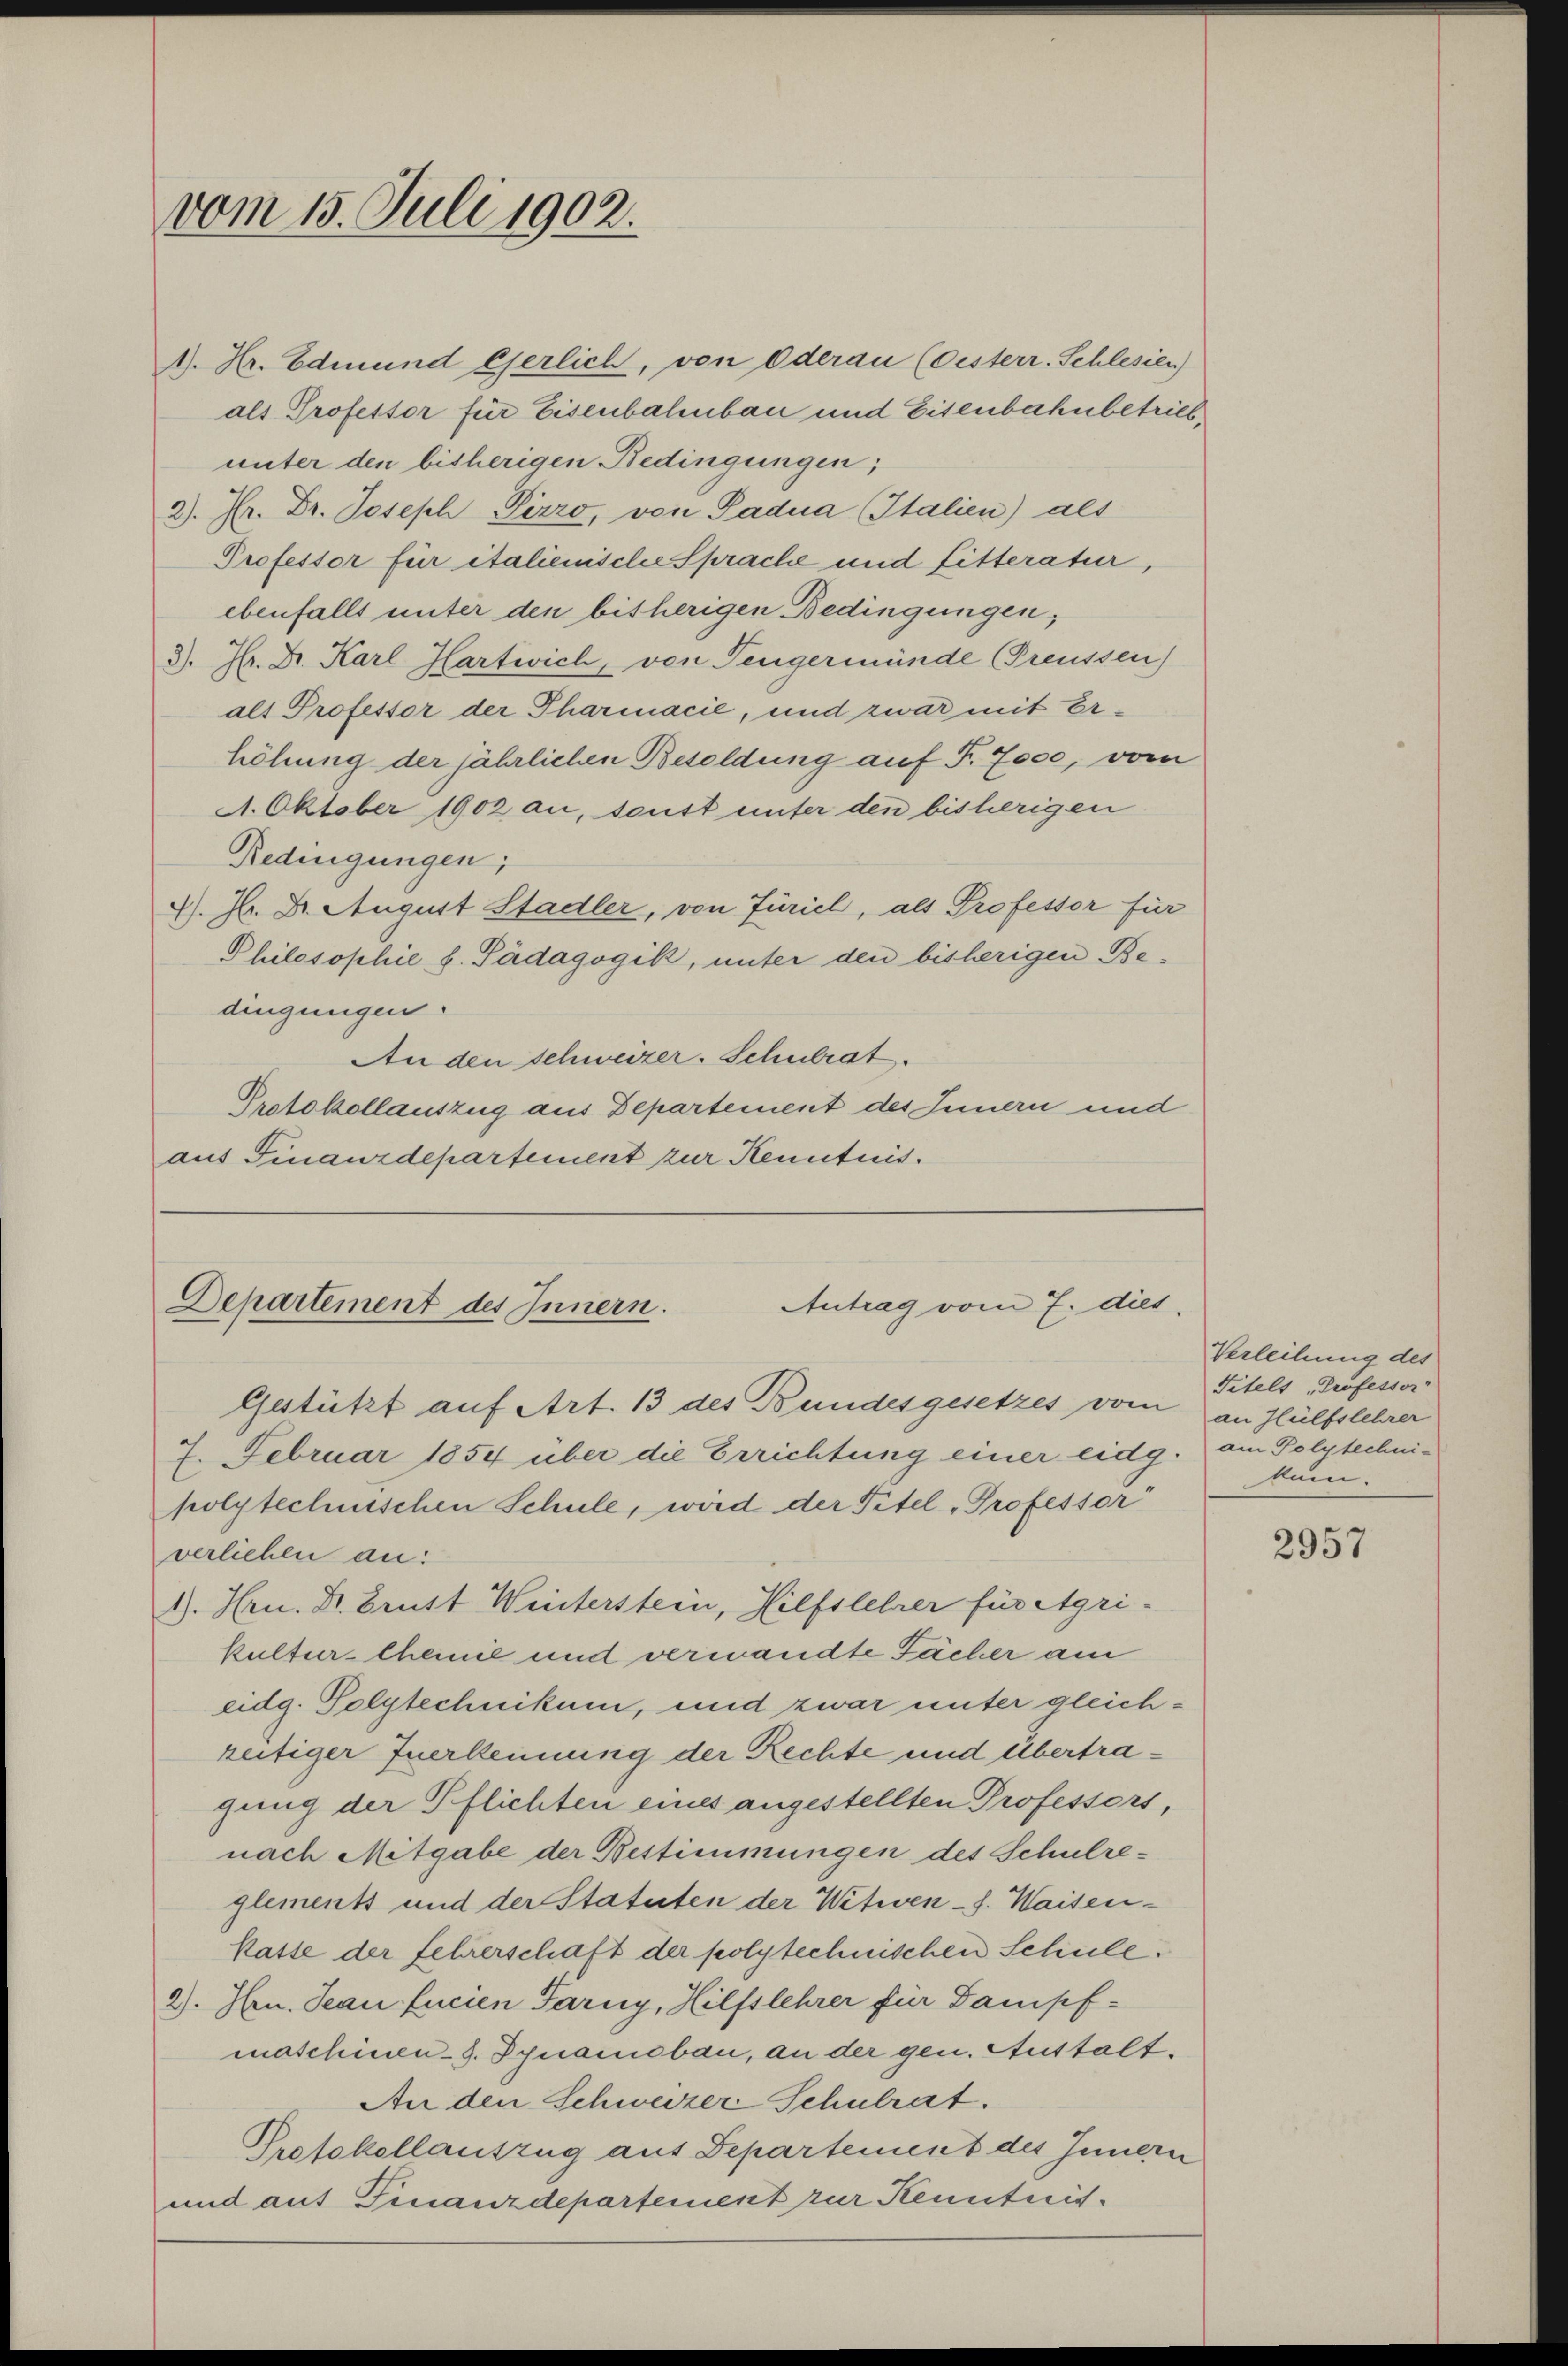
vom 15. Juli 1902.

1. Hr. Edmund Gserlich, von Oderau (Oesterr. Schlesien)
als Professor für Eisenbahnbau und Eisenbahnbetrieb,
unter den bisherigen Bedingungen,
2). Dr. Dr. Joseph Pizzo, von Padua Italien) als
Professor für italienische Sprache und Litteratur,
ebenfalls unter den bisherigen Bedingungen,
3. Hr. Dr. Karl Hartwich, von Tengermünde Greussen
als Professor der Pharmacie, und zwar mit Erhöhung der jährlichen Besoldung auf Fr. 7000, vom
A. Oktober 1902 an, sonst unter den bisherigen
Redingungen;
4). H. Dr. August Stadler, von Füriel, als Professor für
Philosophie h. Pädagogik, unter den bisherigen Bedingungen.
An den schweizer. Schulrat.
Protokollauszug aus Departement des Innern und
aus Finanzdepartement zur Kenntnis.

Antrag vom 7. diet.
Departement des Innern.

Gestützt auf Art. 13 des Bundesgesetzes vom an Hülfslehrer
7. Februar 1854 über die Errichtung einer eidg. am Polytechnipolytechnischen Schule, wird der Titel, Professor
verlichen an:
1). Hrn. Dr. Brust Winterstein, Hilfslehrer für Agrikultur- theinie und vermandte Fächer am
eidg. Polytechnikum, und zwar unter gleichreitiger Zuerkennung der Rechte und übertragung der Pflichten eines angestellten Professors,
nach Mitgabe der Bestimmungen des Schulreglements und der Statuten der Witwens. Waisen¬
Kasse der fehrerschaft der polytechnischen Schule.
2). Hrn. Jean freien Tarny, Hilfslehrer für Dampfmaschinen-S. Dynamibau, an der gen. Austalt¬
An den Schweizer Schulrat.
Protokollauszug aus Departement des Innern
und auf Finanzdepartement zur Kenntnis¬

Verleihung des
Titels Professor
tum.

2957